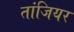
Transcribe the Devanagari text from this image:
तांजियर